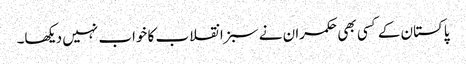
پاکستان کے کسی بھی حکمران نے سبز انقلاب کا خواب نہیں دیکھا۔